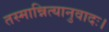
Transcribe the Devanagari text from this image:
तस्मान्नित्यानुवादः।